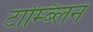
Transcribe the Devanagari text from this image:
टाम्ब्लिन